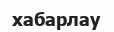
хабарлау